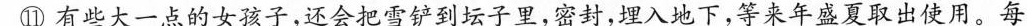
⑪有些大一点的女孩子，还会把雪铲到坛子里，密封，埋入地下，等来年盛夏取出使用。每